Enquiry on enteric fever in India - Number 32
Disease focus: Fever
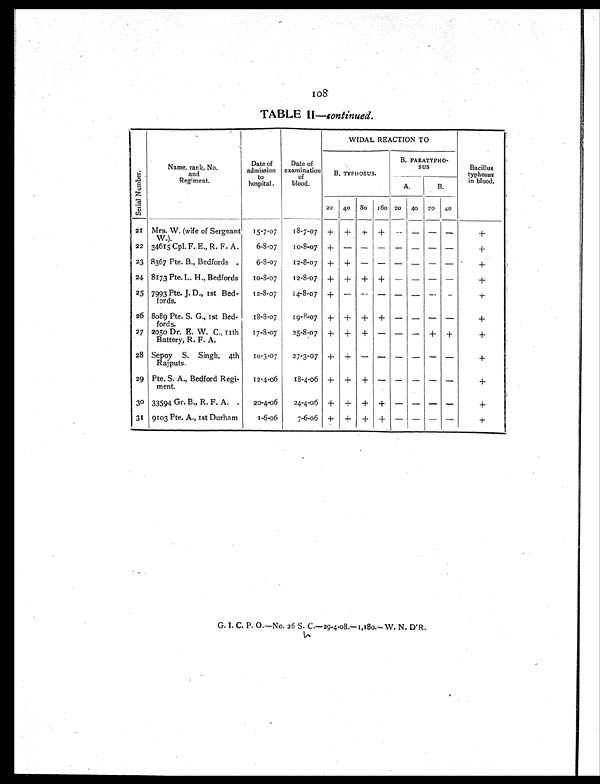
TABLE II —Continued.
S e r i a l N u m b e r .
Name, rank, No.
and
Regiment
Date of
admission
to
hospital.
Date of
examination
of
blood.
WIDAL REACTION TO
Bacillus
typhosus
in blood.
B. TYPHOSUS.
B. PARATYPHO-
sus
A.
B.
20 40 8 0 160 20 40 20 40
21 Mrs. W. (wife of Sergeant
W.).
15-7-07
18-7-07 + + + + - - - -
+
22 34615 Cpl. F. E., R. F. A.
6-8-07
10-8-07 + - - - - - - -
+
23 8367 Pte. B., Bedfords.
6-8-07
12-8-07 + + -
- -
- - -
+
24 8173 Pte. L. H., Bedfords
10-8-07
12-8-07 + + + + -
- - -
+
25 7993 Pte. J. D., 1st Bed-
fords.
12-8-07
14-8-07 + - - -
- -
- - +
26 8089 Pte. S. G., 1st Bed-
fords.
18-8-07 19-4-07 + + + + -
- - -
+
27 2050 Dr. E. W. C., 11th
Battery, R. F. A.
17-8-07
25-8-07 + + + - -
- + +
+
28 Sepoy S. Singh, 4th
Ralputs.
10-3-07
27-3-07 + + - - - - - -
+
29 Pte. S. A., Bedford Regi-
ment.
12-4-06
18-4-06 + + + - -
- - -
+
30 33594 Gr. B., R. F. A.
20-4-06
4-4-06 + + + + -
- - -
+
31 9103 Pte. A., 1st Durham
1-6-06
7-6-06 + + + ± - -
- -
G. I. C. P. O.—No. 26 S. C.—29-4-08.—1,180.—W. N. D'R.